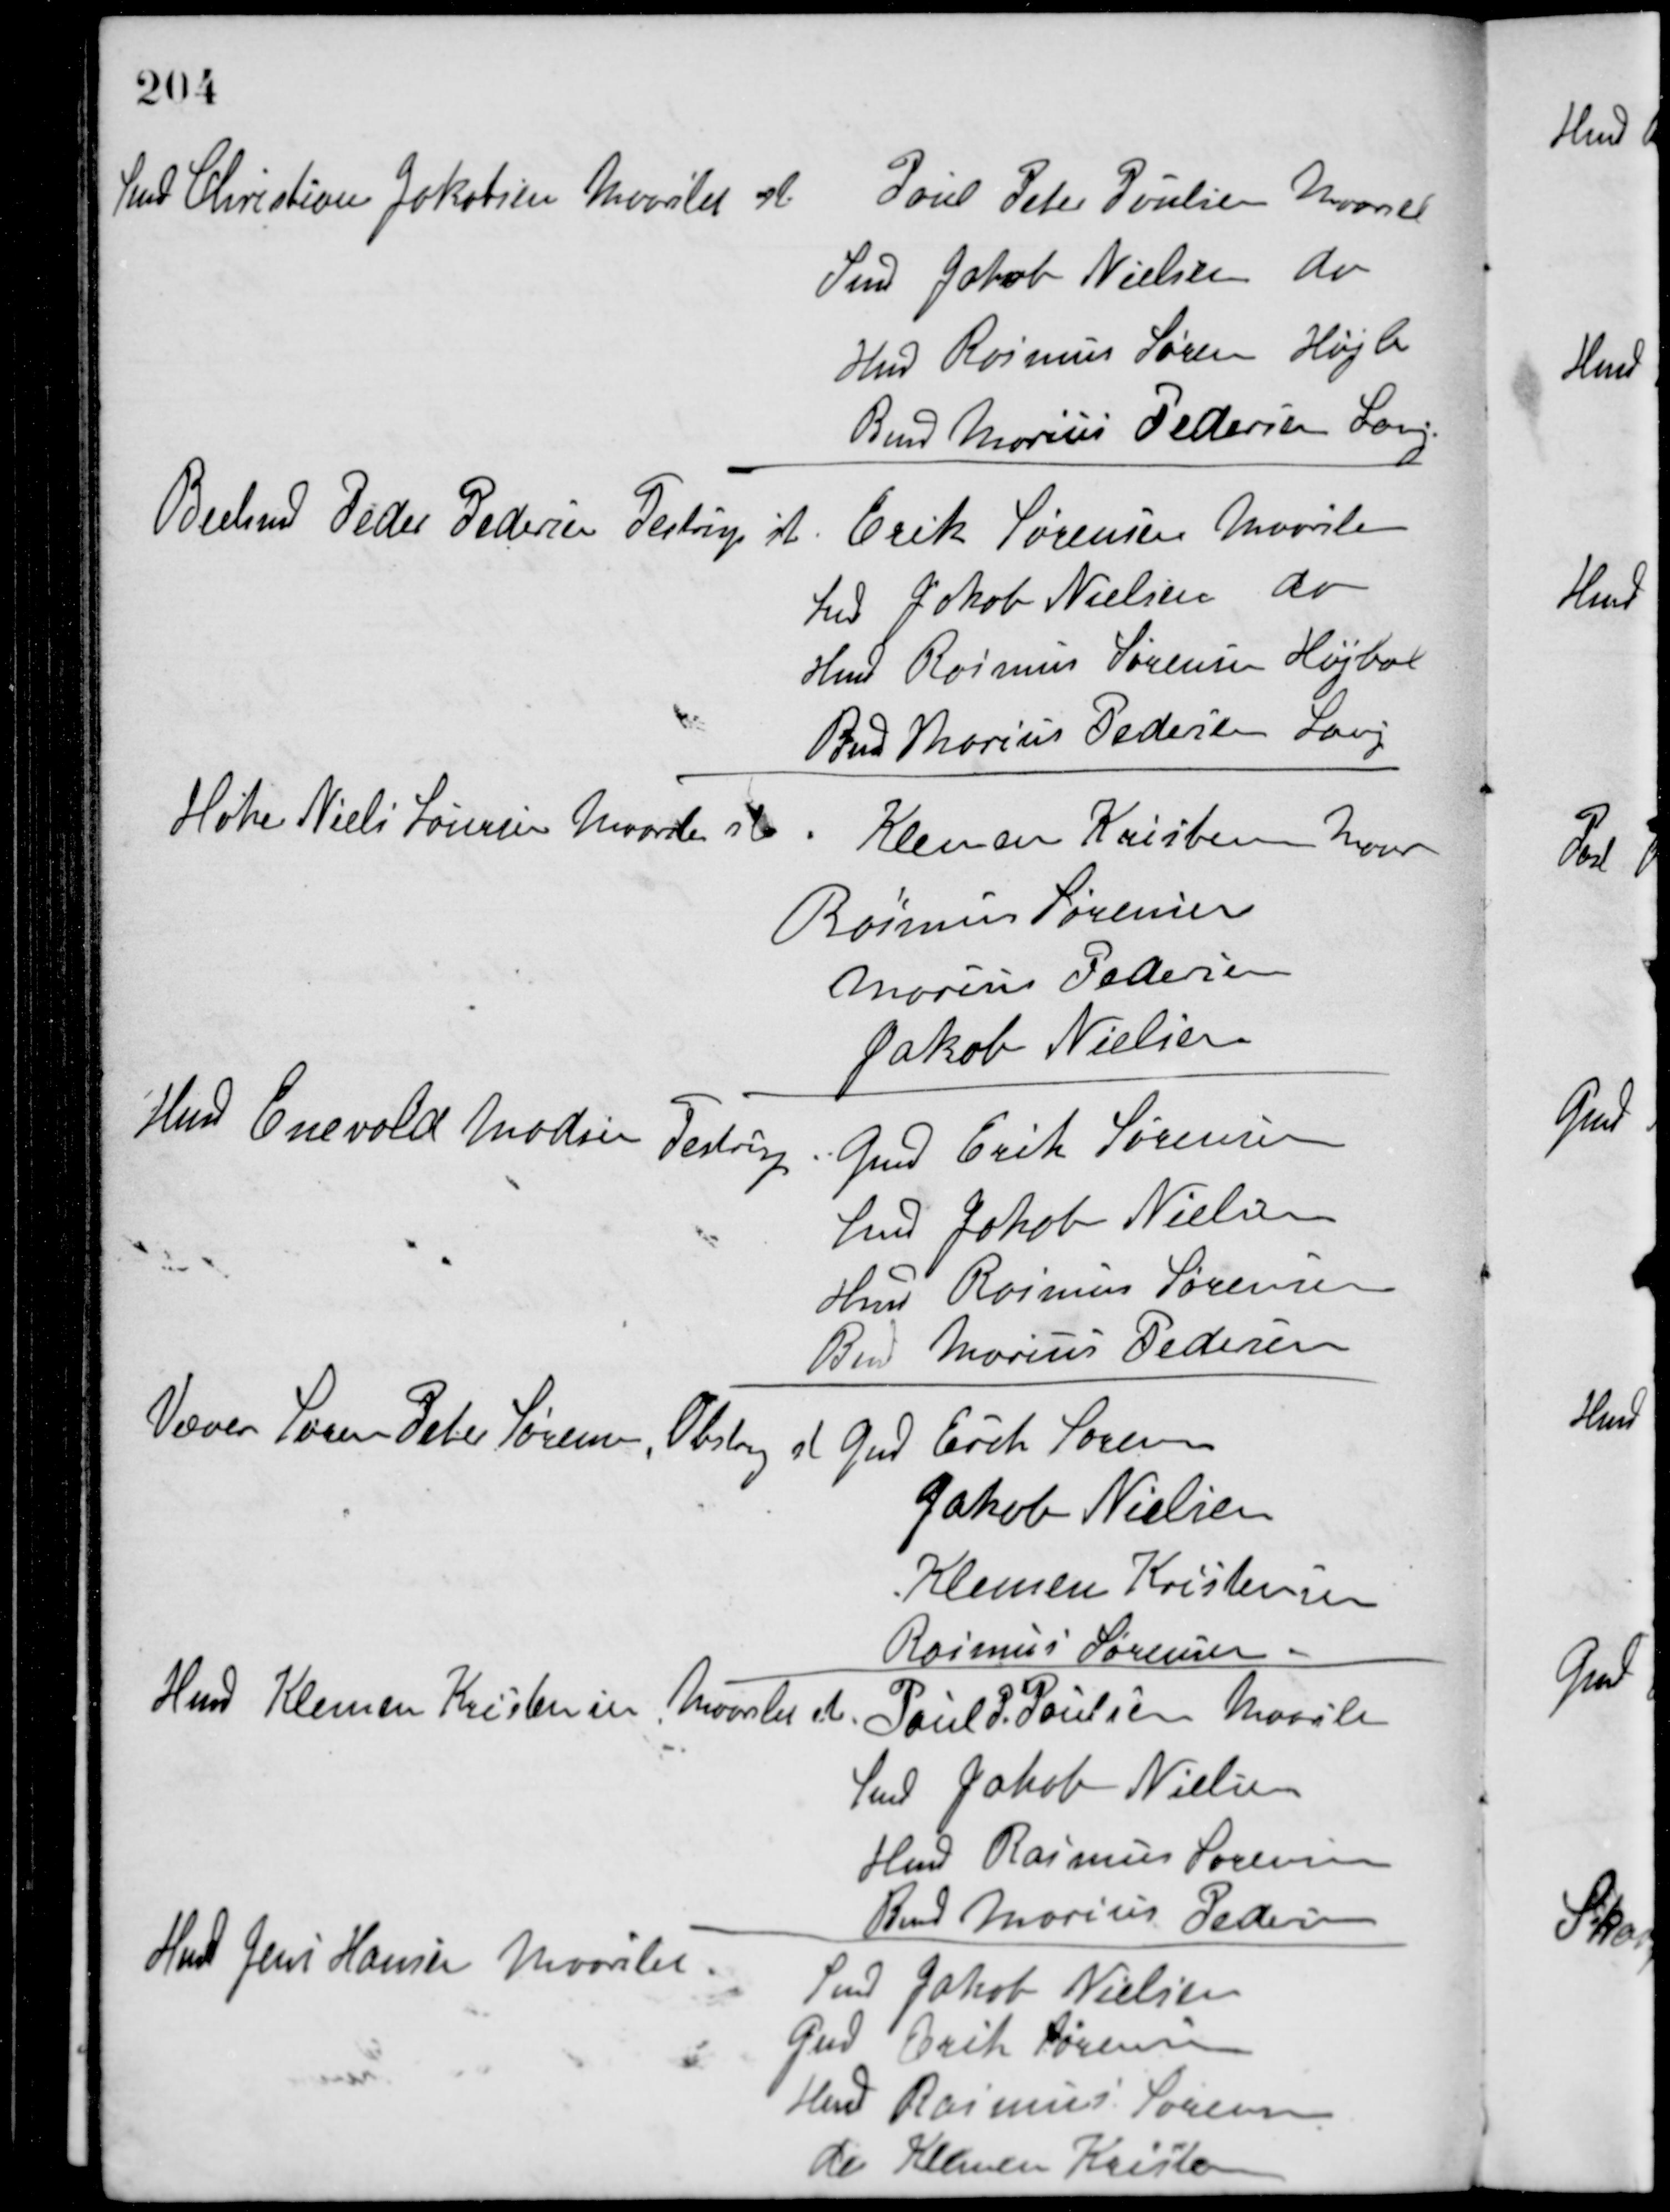
Transskription:
Smed Christian Jakobsen, Maarslet st.
Poul Peter Poulsen, Maarslet
Smed Jakob Nielsen, do
Hmd Rasmus Søren, Højb
Bmd Marius Pedersen, Lang
Boelsmd Peder Pedersen, Testrup st
Erik Sørensen, Maarslet
Smed Jakob Nielsen, do
Hmd Rasmus Sørensen, Højbal
Bmd Marius Pedersen, Lang
Høker Niels Laursen, Maarslet st
Klemen Kristensen, Maar
Rasmus Sørensen
Marius Pedersen
Jakob Nielsen
Hmd Enevold Madsen, Testrup
Gmd Erik Sørensen
Smed Jakob Nielsen
Hmd Rasmus Sørensen
Bmd Marius Pedersen
Væver Søren Peter Sørensen, Obstrup st
Gmd Erik Sørensen
Jakob Nielsen
Klemen Kristensen
Rasmus Sørensen
Hmd Klemen Kristensen, Maarslet st
Poul P. Poulsen, Maarslet
Smed Jakob Nielsen
Hmd Rasmus Sørensen
Bmd. Marius Pedersen
Hmd Jens Hansen, Maarslet
Smed Jakob Nielsen
Gmd Erik Sørensen
Hmd Rasmus Sørensen
do Klemen Kristensen